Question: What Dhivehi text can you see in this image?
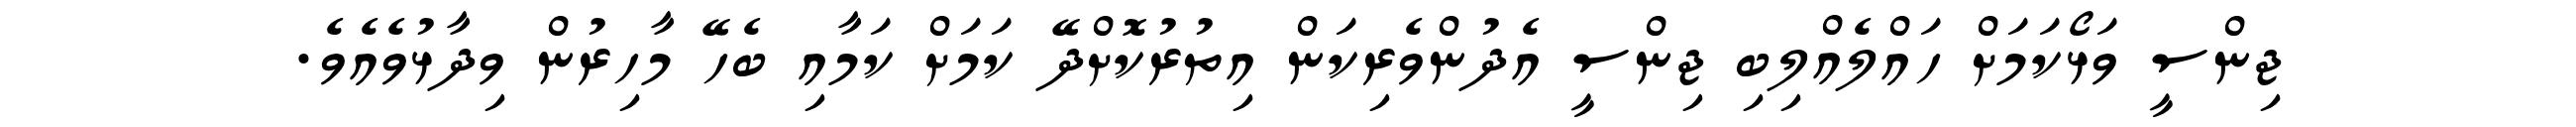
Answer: ޖިންސީ ވަޅޯކަމަށް ހައްލެއްލިބި ޖިންސީ އެދުންވެރިކަން އިތުރުކޮށްދޭ ކަމަށް ކަމާއި ބެހޭ މާހިރުން ވިދާޅުވެއެވެ.